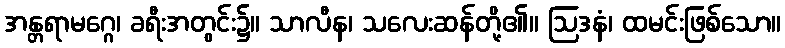
အန္တရာမဂ္ဂေ၊ ခရီးအတွင်း၌။ သာလီန၊ သလေးဆန်တို့၏။ ဩဒနံ၊ ထမင်းဖြစ်သော။